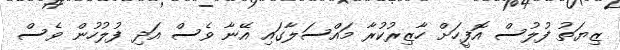
ޒިޔަތު ފުލުސް އޮފީހަށް ހާޒިރުކުރާ މައްސަލާގައި އޭނާ ވެސް އަދި ފުލުހުން ވެސް